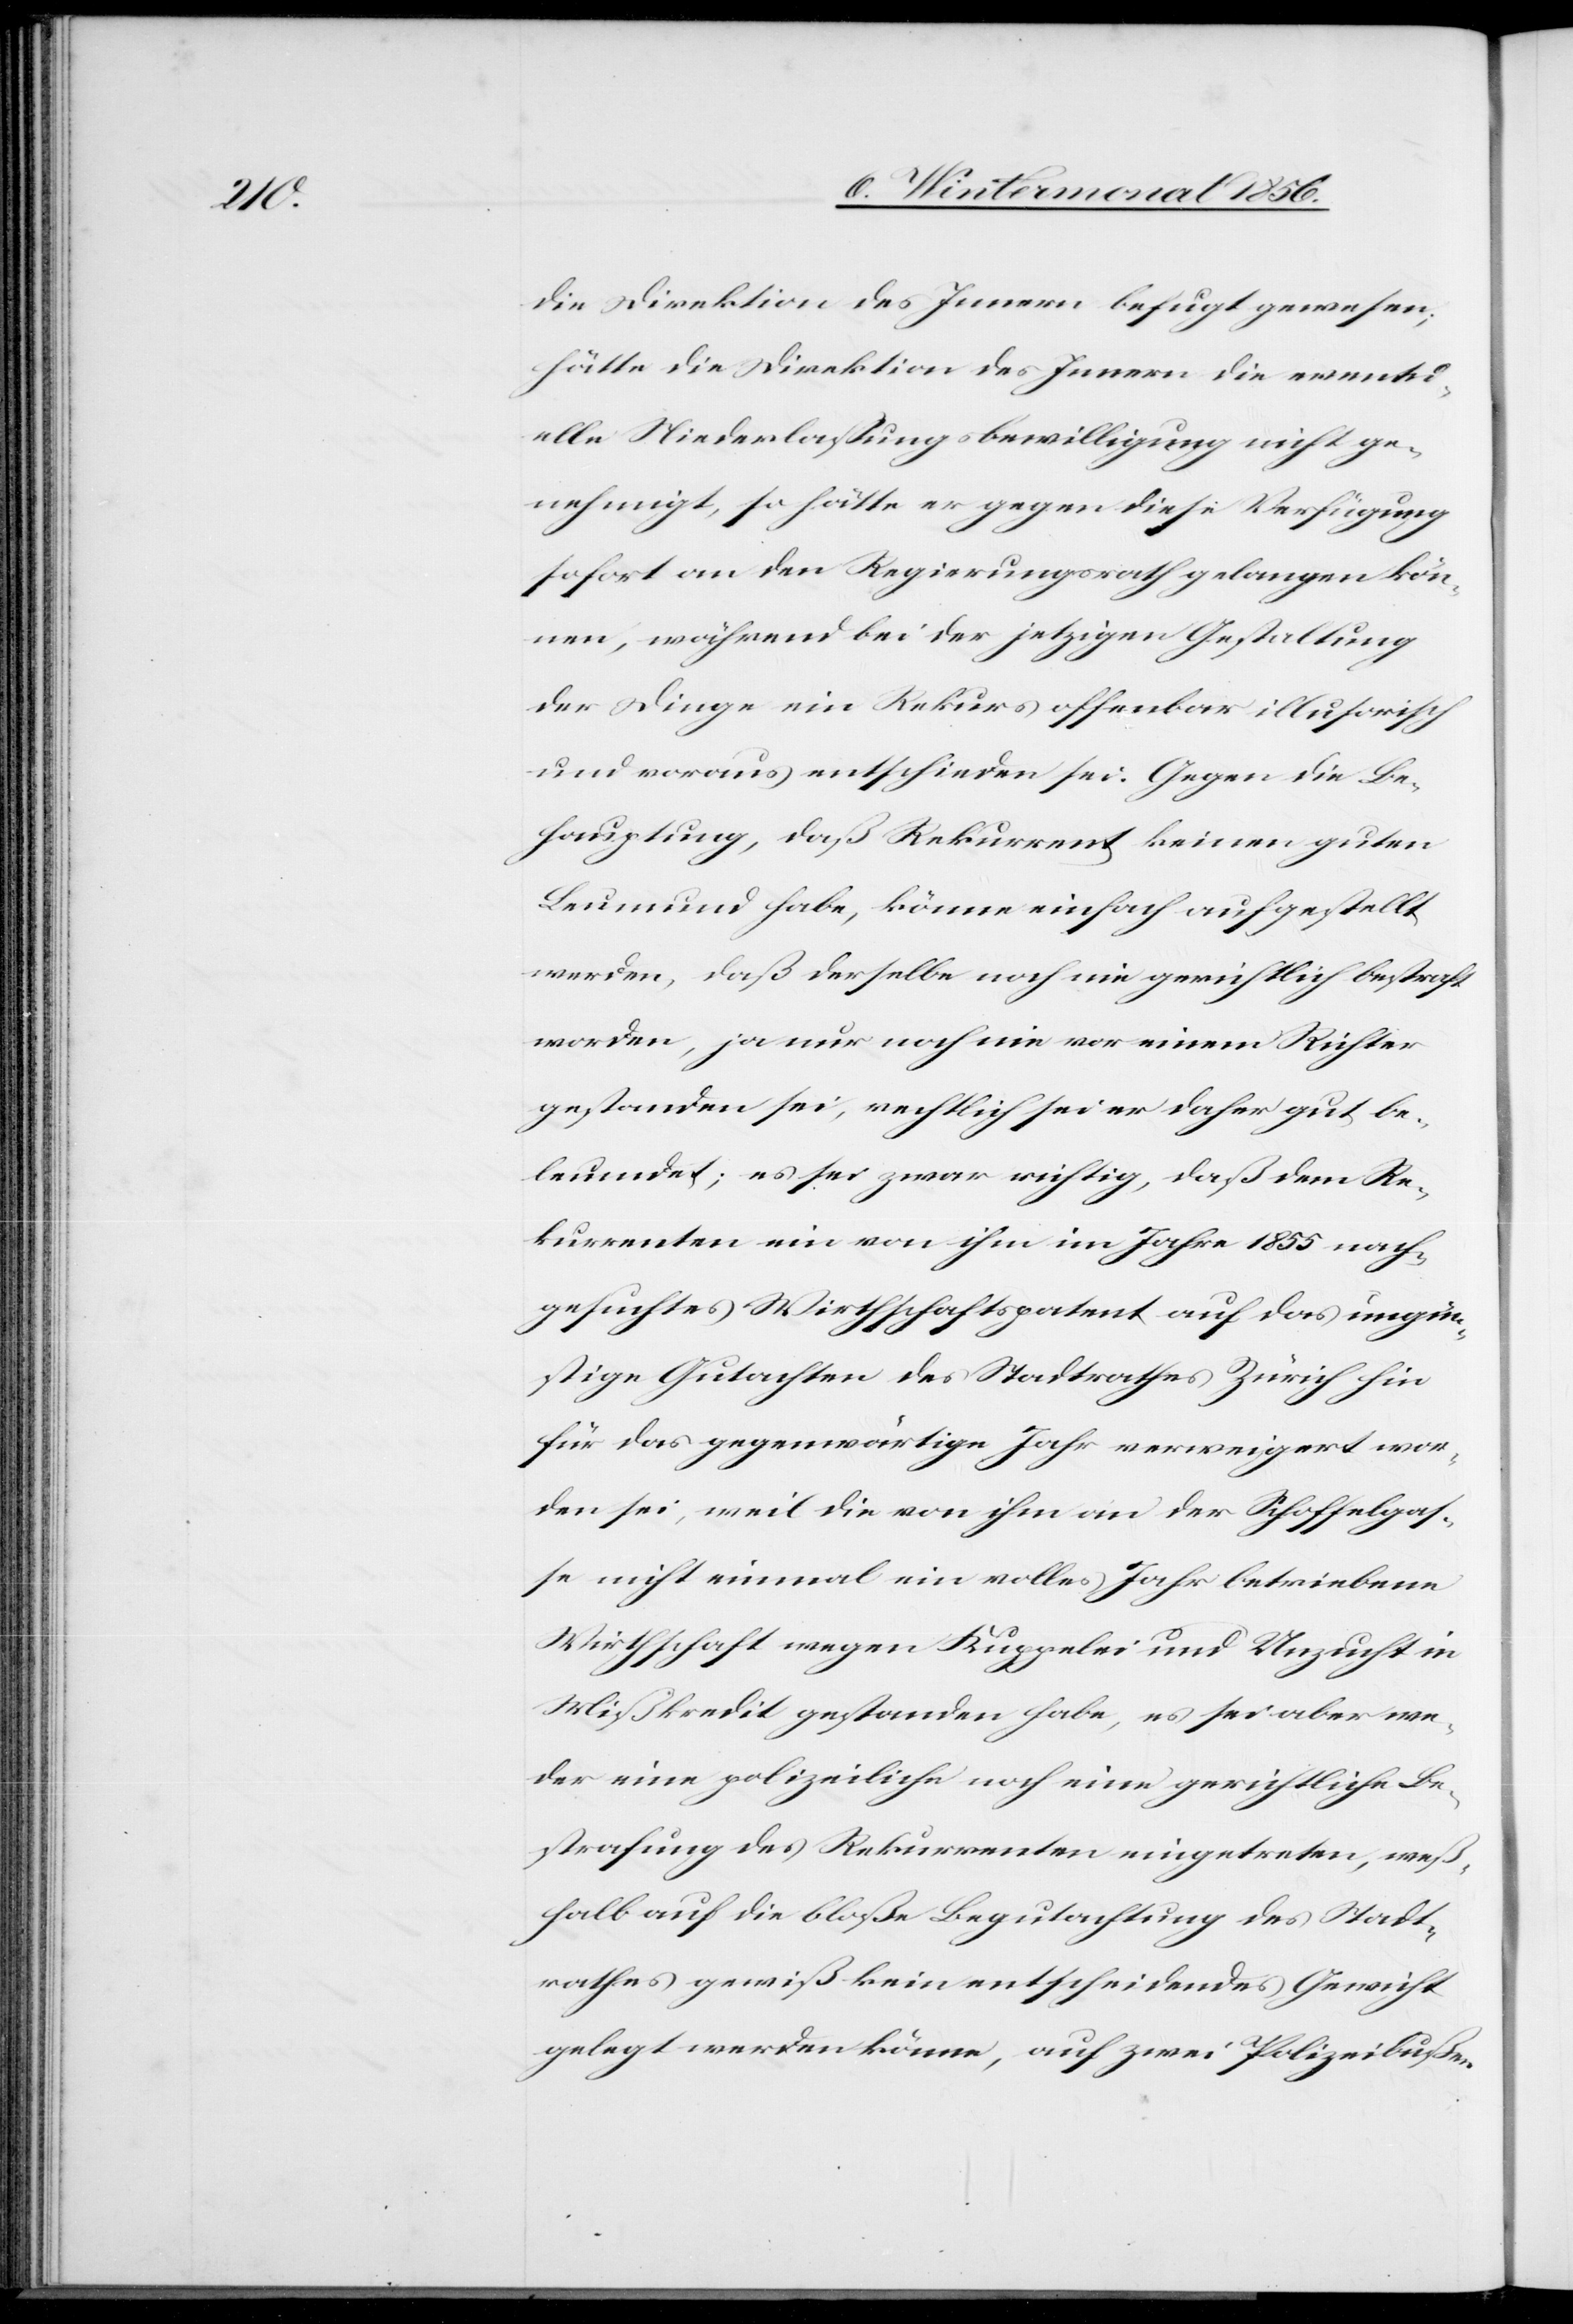
die Direktion des Innern befugt gewesen;
hätte die Direktion des Innern die eventu¬
elle Niederlassungsbewilligung nicht ge¬
nehmigt, so hätte er gegen diese Verfügung
sofort an den Regierungsrath gelangen kön¬
nen, während bei der jetzigen Gestaltung
der Dinge ein Rekurs offenbar illusorisch
und voraus entschieden sei. Gegen die Be¬
hauptung, daß Rekurrent keinen guten
Leumund habe, könne einfach aufgestellt
werden, daß derselbe noch nie gerichtlich bestraft
worden, ja nur noch nie vor einem Richter
gestanden sei, rechtlich sei er daher gut be¬
leumdet; es sei zwar richtig, daß dem Re¬
kurrenten ein von ihm im Jahre 1855 nach¬
gesuchtes Wirthschaftspatent auf das ungün¬
stige Gutachten des Stadtrathes Zürich hin
für das gegenwärtige Jahr verweigert wor¬
den sei, weil die von ihm an der Schoffelgas¬
se nicht einmal ein volles Jahr betriebene
Wirthschaft wegen Kuppelei und Unzucht in
Mißkredit gestanden habe, es sei aber we¬
der eine polizeiliche noch eine gerichtliche Be¬
strafung des Rekurrenten eingetreten, weß¬
halb auf die bloße Begutachtung des Stadt¬
rathes gewiß kein entscheidendes Gewicht
gelegt werden könne, auf zwei Polizeibußen